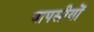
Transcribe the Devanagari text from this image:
वापसीयों